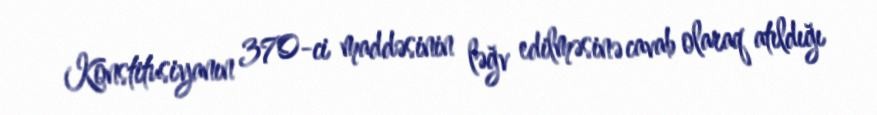
Konstitusiyanın 370-ci maddəsinin ləğv edilməsinə cavab olaraq atıldığı